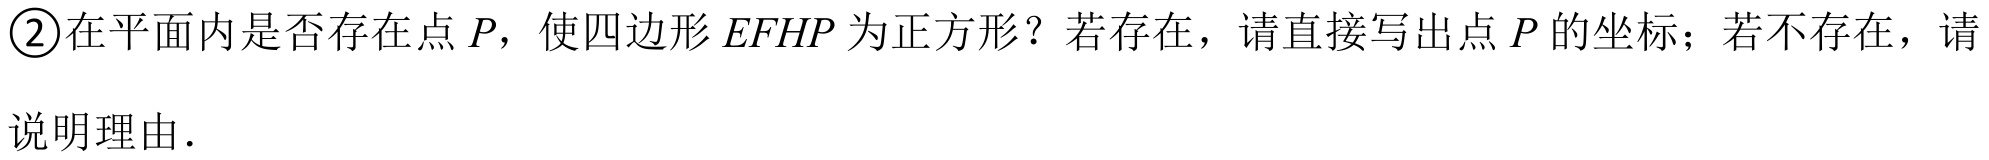
\textcircled{2}在平面内是否存在点\(P\)，使四边形\(EFHP\)为正方形？若存在，请直接写出点\(P\)的坐标；若不存在，请
说明理由．